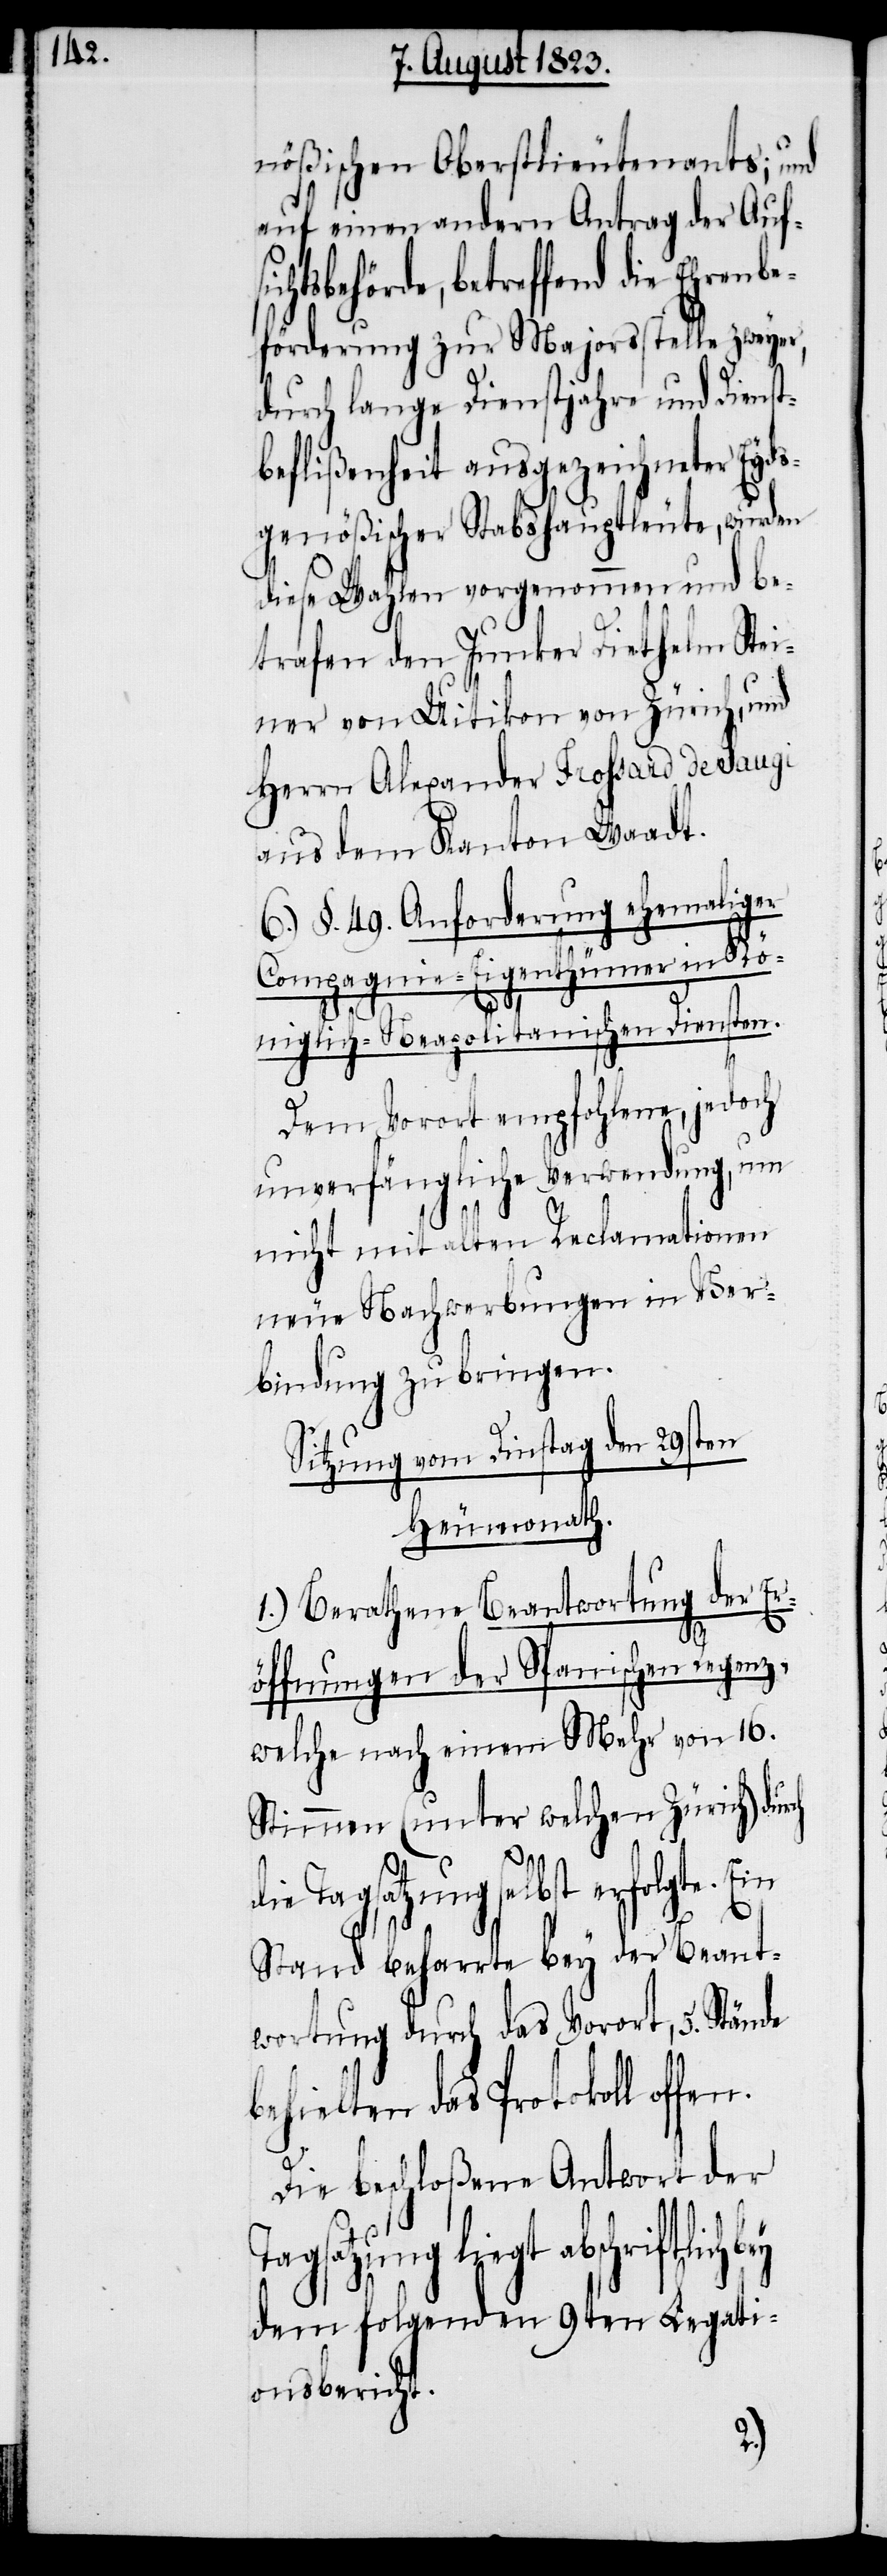
nößischen Oberstlieutenants; und
auf einen andern Antrag der Auf¬
htsbehörde, betreffend die Ehrenb¬
eförderung zur Majorsstelle zweyer,
durch lange Dienstjahre und Dienst¬
befließenheit ausgezeichneter Eyd¬
sgenößischer Stabshauptleute, wurden
diese Wahlen vorgenommen und be¬
trafen den Junker Diethelm Stei¬
ner von Uitikon von Zürich, und
Herrn Alexander Frossard de Saugi
aus dem Kanton Waadt.
6.) §. 49. Anforderung ehemaliger
Compagnie-Eigenthümer in Kön¬
iglich-Neapolitanischen Diensten.
Dem Vorort empfohlene, jedoch
unverfängliche Verwendung, um
nicht mit alten Reclamationen
neue Nachwerbungen in Ver¬
bindung zu bringen.
Sitzung vom Dinstag den 29sten
Heumonath.
1.) Berathene Beantwortung der Er¬
öffnungen der Spanischen Regenz,
welche nach einem Mehr von 16.
Stimmen (unter welchen Zürich) dur¬
d¬
ie Tagsatzung selbst erfolgte.
Stand beharrte bey der Beant¬
wortung durch das Vorort, 5. Stände
behielten das Protokoll offen.
Die beschloßene Antwort der
riftlich bey
dem folgenden 9ten Legati¬
onsbericht.
sic¬